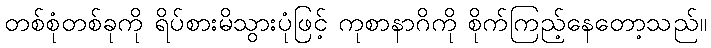
တစ်စုံတစ်ခုကို ရိပ်စားမိသွားပုံဖြင့် ကုစာနာဂိကို စိုက်ကြည့်နေတော့သည်။